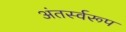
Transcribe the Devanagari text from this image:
अंतर्स्वरूप